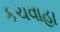
કચવાહા